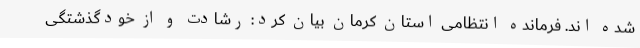
شده اند. فرمانده انتظامی استان کرمان بیان کرد: رشادت و از خودگذشتگی